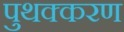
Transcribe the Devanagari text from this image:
पुथक्करण